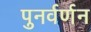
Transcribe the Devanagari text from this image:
पुनर्वर्णन